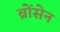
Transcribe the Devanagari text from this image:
ब्रोंसेन